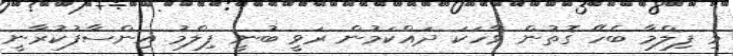
މި ފިލްމާ ބެހޭ ގޮތުން ވާހަކަ ދައްކަމުން ރަވީ ބުނީ ފިލްމު އިންސާފުކުރާނީ